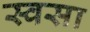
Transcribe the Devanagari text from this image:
स्वसा